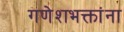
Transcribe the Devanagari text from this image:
गणेशभक्तांना